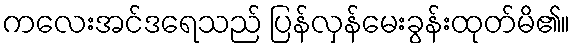
ကလေးအင်ဒရေသည် ပြန်လှန်မေးခွန်းထုတ်မိ၏။